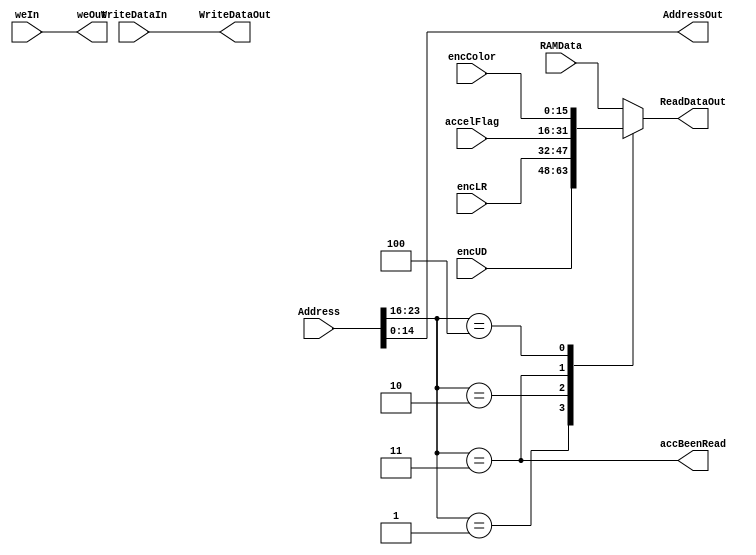
`timescale 1ns / 1ps
//////////////////////////////////////////////////////////////////////////////////
// Company: 
// Engineer: 
// 
// Design Name: 
// Module Name:    Dispatch 
// Project Name: 
// Target Devices: 
// Tool versions: 
// Description: 
//
// Dependencies: 
//
// Revision: 
// Revision 0.01 - File Created
// Additional Comments: 
//
//////////////////////////////////////////////////////////////////////////////////
module Dispatch(Address, RAMData, encLR, encUD, encColor, accelFlag,weIn, WriteDataIn, WriteDataOut,
					 ReadDataOut,weOut, AddressOut, accBeenRead
    );              
   input [23:0] Address;
	input [15:0] RAMData, // Data from RAM module for core
	encLR, 					 // Incoming data from horizontal axis encoder
	encUD, 					 // Incoming data from vertical axis encoder
	encColor, 				 // Incoming data from color encoder
	accelFlag;				 // Accelerometer flag
	input weIn;           // Write enable from core
	input [15:0] WriteDataIn; // Write data from core
	output [15:0] WriteDataOut; // Write data to RAM
	output reg [15:0] ReadDataOut; // Data from RAM to Core
	output weOut;    					 // write enable signal to RAM
	output [14:0] AddressOut; 		 // Address signal to RAM
	output accBeenRead;

	assign accBeenRead = (Address[23:16]==8'b0000_0011); // Send out "Has been read" to accelerometer
	assign weOut = weIn; // Core controls when writing directly
	assign WriteDataOut = WriteDataIn; // Core controls when writing directly
	assign AddressOut = Address[14:0];                 
	always @ (*)     
	begin            
		case (Address[23:16])
		8'b0000_0000: ReadDataOut <= RAMData;
		8'b0000_0001: ReadDataOut <= encUD;
		8'b0000_0010: ReadDataOut <= encLR;
		8'b0000_0011: ReadDataOut <= accelFlag;
		8'b0000_0100: ReadDataOut <= encColor;
		default: 	  ReadDataOut <= RAMData;
		endcase       
	end              
		
endmodule